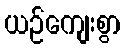
ယဉ်ကျေးစွာ